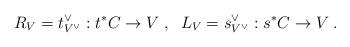
LaTeX: \begin{align*}R_V = t_{V^\vee}^\vee:t^*C\rightarrow V\;,\;\; L_V = s_{V^\vee}^\vee:s^*C\rightarrow V\;.\end{align*}